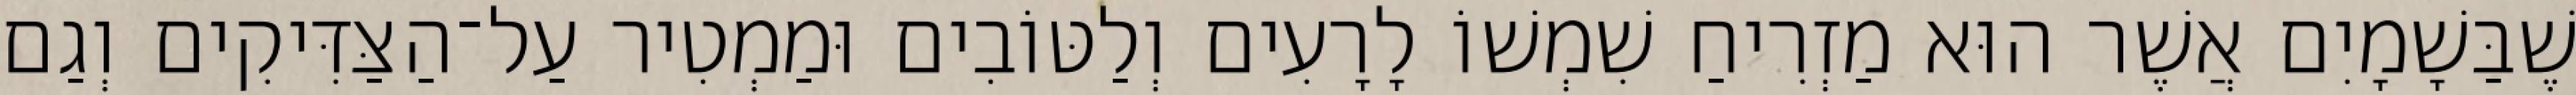
שֶׁבַּשָׁמָיִם אֲשֶׁר הוּא מַזְרִיחַ שִׁמְשׁוֹ לָרָעִים וְלַטּוֹבִים וּמַמְטִיר עַל־הַצַּדִּיקִים וְגַם